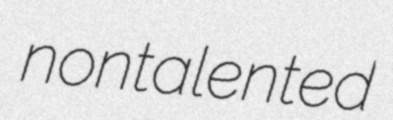
nontalented